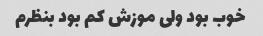
خوب بود ولی موزش کم بود بنظرم